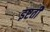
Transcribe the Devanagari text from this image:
इष्टती